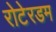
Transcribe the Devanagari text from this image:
रोटेरडम